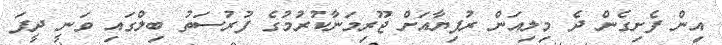
އިން ފެށިގެން ދެ މިލިއަން ރުފިޔާއަށް ޖޫރިމަނާކުރުމުގެ ފުރުސަތު ބިލްގައި ވަނީ ދީފަ